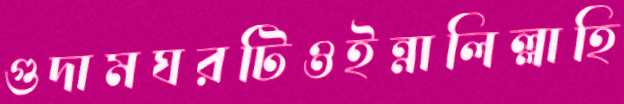
গুদামঘরটিওইন্নালিল্লাহি